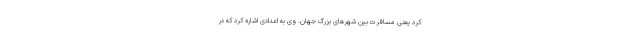
کرد یعنی مسافرت بین شهرهای بزرگ جهان. وی به اعدادی اشاره کرد که در